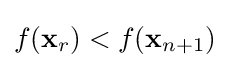
f(\mathbf {x} _{r})<f(\mathbf {x} _{n+1})